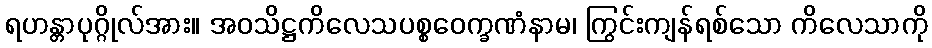
ရဟန္တာပုဂ္ဂိုလ်အား။ အဝသိဋ္ဌကိလေသပစ္စဝေက္ခဏံနာမ၊ ကြွင်းကျန်ရစ်သော ကိလေသာကို